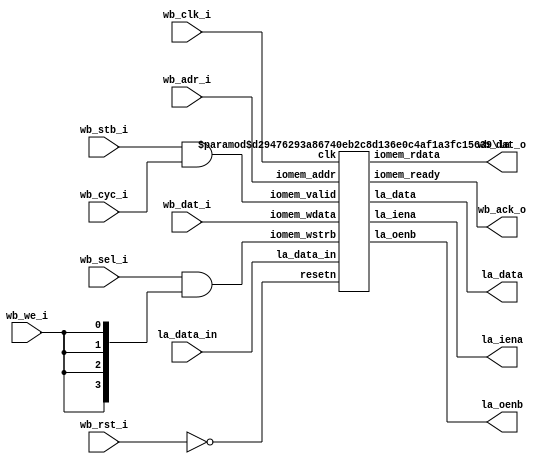
// SPDX-FileCopyrightText: 2020 Efabless Corporation
//
// Licensed under the Apache License, Version 2.0 (the "License");
// you may not use this file except in compliance with the License.
// You may obtain a copy of the License at
//
//      http://www.apache.org/licenses/LICENSE-2.0
//
// Unless required by applicable law or agreed to in writing, software
// distributed under the License is distributed on an "AS IS" BASIS,
// WITHOUT WARRANTIES OR CONDITIONS OF ANY KIND, either express or implied.
// See the License for the specific language governing permissions and
// limitations under the License.
// SPDX-License-Identifier: Apache-2.0

`default_nettype none
module la_wb # (
    parameter BASE_ADR  = 32'h 2200_0000,
    parameter LA_DATA_0 = 8'h00,
    parameter LA_DATA_1 = 8'h04,
    parameter LA_DATA_2 = 8'h08,
    parameter LA_DATA_3 = 8'h0c,
    parameter LA_OENB_0 = 8'h10,
    parameter LA_OENB_1 = 8'h14,
    parameter LA_OENB_2 = 8'h18,
    parameter LA_OENB_3 = 8'h1c,
    parameter LA_IENA_0 = 8'h20,
    parameter LA_IENA_1 = 8'h24,
    parameter LA_IENA_2 = 8'h28,
    parameter LA_IENA_3 = 8'h2c,
    parameter LA_SAMPLE = 8'h30
) (
    input wb_clk_i,
    input wb_rst_i,

    input [31:0] wb_dat_i,
    input [31:0] wb_adr_i,
    input [3:0] wb_sel_i,
    input wb_cyc_i,
    input wb_stb_i,
    input wb_we_i,

    output [31:0] wb_dat_o,
    output wb_ack_o,

    input  [127:0] la_data_in, // From MPRJ 
    output [127:0] la_data,
    output [127:0] la_oenb,
    output [127:0] la_iena
);

    wire resetn;
    wire valid;
    wire ready;
    wire [3:0] iomem_we;

    assign resetn = ~wb_rst_i;
    assign valid = wb_stb_i && wb_cyc_i; 

    assign iomem_we = wb_sel_i & {4{wb_we_i}};
    assign wb_ack_o = ready;

    la #(
        .BASE_ADR(BASE_ADR),
        .LA_DATA_0(LA_DATA_0),
        .LA_DATA_1(LA_DATA_1),
        .LA_DATA_2(LA_DATA_2),
        .LA_DATA_3(LA_DATA_3),
        .LA_OENB_0(LA_OENB_0),
        .LA_OENB_1(LA_OENB_1),
        .LA_OENB_2(LA_OENB_2),
        .LA_OENB_3(LA_OENB_3),
        .LA_IENA_0(LA_IENA_0),
        .LA_IENA_1(LA_IENA_1),
        .LA_IENA_2(LA_IENA_2),
        .LA_IENA_3(LA_IENA_3),
        .LA_SAMPLE(LA_SAMPLE)
    ) la_ctrl (
        .clk(wb_clk_i),
        .resetn(resetn),
        .iomem_addr(wb_adr_i),
        .iomem_valid(valid),
        .iomem_wstrb(iomem_we),
        .iomem_wdata(wb_dat_i),
        .iomem_rdata(wb_dat_o),
        .iomem_ready(ready),
        .la_data_in(la_data_in),
        .la_data(la_data),
        .la_oenb(la_oenb),
        .la_iena(la_iena)
    );
    
endmodule

module la #(
    parameter BASE_ADR  = 32'h 2200_0000,
    parameter LA_DATA_0 = 8'h00,
    parameter LA_DATA_1 = 8'h04,
    parameter LA_DATA_2 = 8'h08,
    parameter LA_DATA_3 = 8'h0c,
    parameter LA_OENB_0  = 8'h10,
    parameter LA_OENB_1  = 8'h14,
    parameter LA_OENB_2  = 8'h18,
    parameter LA_OENB_3  = 8'h1c,
    parameter LA_IENA_0  = 8'h20,
    parameter LA_IENA_1  = 8'h24,
    parameter LA_IENA_2  = 8'h28,
    parameter LA_IENA_3  = 8'h2c,
    parameter LA_SAMPLE  = 8'h30
) (
    input clk,
    input resetn,

    input [31:0] iomem_addr,
    input iomem_valid,
    input [3:0] iomem_wstrb,
    input [31:0] iomem_wdata,

    output reg [31:0] iomem_rdata,
    output reg iomem_ready,

    input  [127:0] la_data_in, 	// From MPRJ 
    output [127:0] la_data,    	// To MPRJ
    output [127:0] la_oenb,
    output [127:0] la_iena
);

    reg [31:0] la_data_0;		
    reg [31:0] la_data_1;		
    reg [31:0] la_data_2;		
    reg [31:0] la_data_3; 

    reg [31:0] la_oenb_0;		
    reg [31:0] la_oenb_1;		
    reg [31:0] la_oenb_2;		
    reg [31:0] la_oenb_3;    
    
    reg [31:0] la_iena_0;		
    reg [31:0] la_iena_1;		
    reg [31:0] la_iena_2;		
    reg [31:0] la_iena_3;    
    
    wire [3:0] la_data_sel;
    wire [3:0] la_oenb_sel;
    wire [3:0] la_iena_sel;
    wire       la_sample_sel;

    wire [31:0] la_sample_mask_0;
    wire [31:0] la_sample_mask_1;
    wire [31:0] la_sample_mask_2;
    wire [31:0] la_sample_mask_3;

    assign la_data = {la_data_3, la_data_2, la_data_1, la_data_0};
    assign la_oenb = {la_oenb_3, la_oenb_2, la_oenb_1, la_oenb_0};
    assign la_iena = {la_iena_3, la_iena_2, la_iena_1, la_iena_0};

    assign la_data_sel = {
        (iomem_addr[7:0] == LA_DATA_3),
        (iomem_addr[7:0] == LA_DATA_2),
        (iomem_addr[7:0] == LA_DATA_1),
        (iomem_addr[7:0] == LA_DATA_0)
    };

    assign la_oenb_sel = {
        (iomem_addr[7:0] == LA_OENB_3),
        (iomem_addr[7:0] == LA_OENB_2),
        (iomem_addr[7:0] == LA_OENB_1),
        (iomem_addr[7:0] == LA_OENB_0)
    };

    assign la_iena_sel = {
        (iomem_addr[7:0] == LA_IENA_3),
        (iomem_addr[7:0] == LA_IENA_2),
        (iomem_addr[7:0] == LA_IENA_1),
        (iomem_addr[7:0] == LA_IENA_0)
    };

    assign la_sample_sel = (iomem_addr[7:0] == LA_SAMPLE);
    assign la_sample_mask_3 = (la_oenb_3 & la_iena_3);
    assign la_sample_mask_2 = (la_oenb_2 & la_iena_2);
    assign la_sample_mask_1 = (la_oenb_1 & la_iena_1);
    assign la_sample_mask_0 = (la_oenb_0 & la_iena_0);

    always @(posedge clk) begin
        if (!resetn) begin
            la_data_0 <= 0;
            la_data_1 <= 0;
            la_data_2 <= 0;
            la_data_3 <= 0;
            la_oenb_0  <= 32'hFFFF_FFFF;  // default is tri-state buff disabled
            la_oenb_1  <= 32'hFFFF_FFFF;
            la_oenb_2  <= 32'hFFFF_FFFF;
            la_oenb_3  <= 32'hFFFF_FFFF;
            la_iena_0  <= 32'h0000_0000;  // default is grounded input
            la_iena_1  <= 32'h0000_0000;
            la_iena_2  <= 32'h0000_0000;
            la_iena_3  <= 32'h0000_0000;
        end else begin
            iomem_ready <= 0;
            if (iomem_valid && !iomem_ready && iomem_addr[31:8] == BASE_ADR[31:8]) begin
                iomem_ready <= 1'b 1;

		/* NOTE:  Data in and out are independent channels */
                
                if (la_data_sel[0]) begin
                    iomem_rdata <= la_data_in[31:0];

                    if (iomem_wstrb[0]) la_data_0[ 7: 0] <= iomem_wdata[ 7: 0];
                    if (iomem_wstrb[1]) la_data_0[15: 8] <= iomem_wdata[15: 8];
                    if (iomem_wstrb[2]) la_data_0[23:16] <= iomem_wdata[23:16];
                    if (iomem_wstrb[3]) la_data_0[31:24] <= iomem_wdata[31:24];

                end else if (la_data_sel[1]) begin
                    iomem_rdata <= la_data_in[63:32];

                    if (iomem_wstrb[0]) la_data_1[ 7: 0] <= iomem_wdata[ 7: 0];
                    if (iomem_wstrb[1]) la_data_1[15: 8] <= iomem_wdata[15: 8];
                    if (iomem_wstrb[2]) la_data_1[23:16] <= iomem_wdata[23:16];
                    if (iomem_wstrb[3]) la_data_1[31:24] <= iomem_wdata[31:24];

                end else if (la_data_sel[2]) begin
                    iomem_rdata <= la_data_in[95:64];

                    if (iomem_wstrb[0]) la_data_2[ 7: 0] <= iomem_wdata[ 7: 0];
                    if (iomem_wstrb[1]) la_data_2[15: 8] <= iomem_wdata[15: 8];
                    if (iomem_wstrb[2]) la_data_2[23:16] <= iomem_wdata[23:16];
                    if (iomem_wstrb[3]) la_data_2[31:24] <= iomem_wdata[31:24];

                end else if (la_data_sel[3]) begin
                    iomem_rdata <= la_data_in[127:96];

                    if (iomem_wstrb[0]) la_data_3[ 7: 0] <= iomem_wdata[ 7: 0];
                    if (iomem_wstrb[1]) la_data_3[15: 8] <= iomem_wdata[15: 8];
                    if (iomem_wstrb[2]) la_data_3[23:16] <= iomem_wdata[23:16];
                    if (iomem_wstrb[3]) la_data_3[31:24] <= iomem_wdata[31:24];
                end else if (la_oenb_sel[0]) begin
                    iomem_rdata <= la_oenb_0;

                    if (iomem_wstrb[0]) la_oenb_0[ 7: 0] <= iomem_wdata[ 7: 0];
                    if (iomem_wstrb[1]) la_oenb_0[15: 8] <= iomem_wdata[15: 8];
                    if (iomem_wstrb[2]) la_oenb_0[23:16] <= iomem_wdata[23:16];
                    if (iomem_wstrb[3]) la_oenb_0[31:24] <= iomem_wdata[31:24];
                end else if (la_oenb_sel[1]) begin
                    iomem_rdata <= la_oenb_1;

                    if (iomem_wstrb[0]) la_oenb_1[ 7: 0] <= iomem_wdata[ 7: 0];
                    if (iomem_wstrb[1]) la_oenb_1[15: 8] <= iomem_wdata[15: 8];
                    if (iomem_wstrb[2]) la_oenb_1[23:16] <= iomem_wdata[23:16];
                    if (iomem_wstrb[3]) la_oenb_1[31:24] <= iomem_wdata[31:24];
                end else if (la_oenb_sel[2]) begin
                    iomem_rdata <= la_oenb_2;

                    if (iomem_wstrb[0]) la_oenb_2[ 7: 0] <= iomem_wdata[ 7: 0];
                    if (iomem_wstrb[1]) la_oenb_2[15: 8] <= iomem_wdata[15: 8];
                    if (iomem_wstrb[2]) la_oenb_2[23:16] <= iomem_wdata[23:16];
                    if (iomem_wstrb[3]) la_oenb_2[31:24] <= iomem_wdata[31:24];
                end else if (la_oenb_sel[3]) begin
                    iomem_rdata <= la_oenb_3;

                    if (iomem_wstrb[0]) la_oenb_3[ 7: 0] <= iomem_wdata[ 7: 0];
                    if (iomem_wstrb[1]) la_oenb_3[15: 8] <= iomem_wdata[15: 8];
                    if (iomem_wstrb[2]) la_oenb_3[23:16] <= iomem_wdata[23:16];
                    if (iomem_wstrb[3]) la_oenb_3[31:24] <= iomem_wdata[31:24];
                end else if (la_iena_sel[0]) begin
                    iomem_rdata <= la_iena_0;

                    if (iomem_wstrb[0]) la_iena_0[ 7: 0] <= iomem_wdata[ 7: 0];
                    if (iomem_wstrb[1]) la_iena_0[15: 8] <= iomem_wdata[15: 8];
                    if (iomem_wstrb[2]) la_iena_0[23:16] <= iomem_wdata[23:16];
                    if (iomem_wstrb[3]) la_iena_0[31:24] <= iomem_wdata[31:24];
                end else if (la_iena_sel[1]) begin
                    iomem_rdata <= la_iena_1;

                    if (iomem_wstrb[0]) la_iena_1[ 7: 0] <= iomem_wdata[ 7: 0];
                    if (iomem_wstrb[1]) la_iena_1[15: 8] <= iomem_wdata[15: 8];
                    if (iomem_wstrb[2]) la_iena_1[23:16] <= iomem_wdata[23:16];
                    if (iomem_wstrb[3]) la_iena_1[31:24] <= iomem_wdata[31:24];
                end else if (la_iena_sel[2]) begin
                    iomem_rdata <= la_iena_2;

                    if (iomem_wstrb[0]) la_iena_2[ 7: 0] <= iomem_wdata[ 7: 0];
                    if (iomem_wstrb[1]) la_iena_2[15: 8] <= iomem_wdata[15: 8];
                    if (iomem_wstrb[2]) la_iena_2[23:16] <= iomem_wdata[23:16];
                    if (iomem_wstrb[3]) la_iena_2[31:24] <= iomem_wdata[31:24];
                end else if (la_iena_sel[3]) begin
                    iomem_rdata <= la_iena_3;

                    if (iomem_wstrb[0]) la_iena_3[ 7: 0] <= iomem_wdata[ 7: 0];
                    if (iomem_wstrb[1]) la_iena_3[15: 8] <= iomem_wdata[15: 8];
                    if (iomem_wstrb[2]) la_iena_3[23:16] <= iomem_wdata[23:16];
                    if (iomem_wstrb[3]) la_iena_3[31:24] <= iomem_wdata[31:24];
                end else if (la_sample_sel) begin
		    /* Simultaneous data capture:   Sample all inputs	  */
		    /* for which input is enabled and output is disabled. */
                    la_data_0 <= la_data_in[31:0]   & la_sample_mask_0;
                    la_data_1 <= la_data_in[63:32]  & la_sample_mask_1;
                    la_data_2 <= la_data_in[95:64]  & la_sample_mask_2;
                    la_data_3 <= la_data_in[127:96] & la_sample_mask_3;
                end 
            end
        end
    end

endmodule
`default_nettype wire